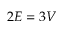
2 E = 3 V